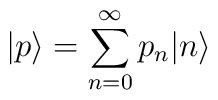
|p\rangle = \sum_{n=0}^{\infty}p_{n}|n\rangle